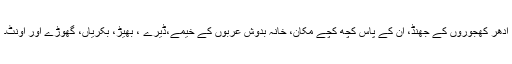
ادھر کھجوروں کے جھنڈ، ان کے پاس کچھ کچے مکان، خانہ بدوش عربوں کے خیمے،ڈیرے ، بھیڑ، بکریاں، گھوڑے اور اونٹ۔